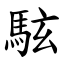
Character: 䮄